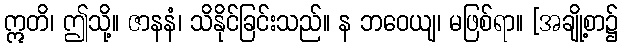
ဣတိ၊ ဤသို့။ ဇာနနံ၊ သိနိုင်ခြင်းသည်။ န ဘဝေယျ၊ မဖြစ်ရာ။ [အချို့စာ၌